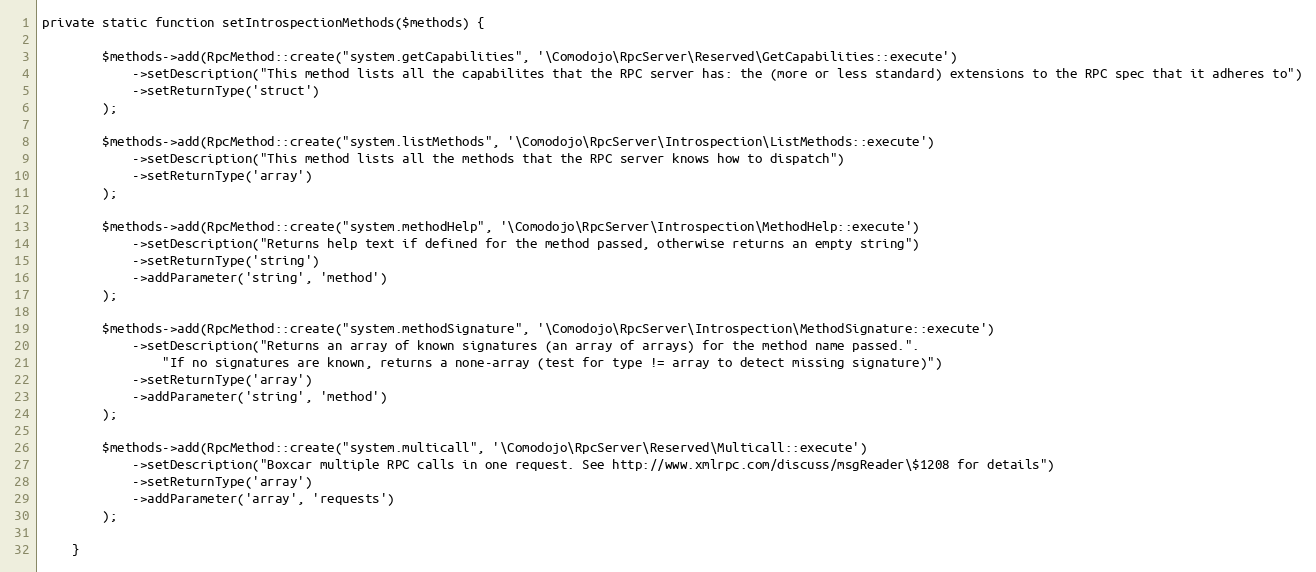
Language: PHP
private static function setIntrospectionMethods($methods) {

        $methods->add(RpcMethod::create("system.getCapabilities", '\Comodojo\RpcServer\Reserved\GetCapabilities::execute')
            ->setDescription("This method lists all the capabilites that the RPC server has: the (more or less standard) extensions to the RPC spec that it adheres to")
            ->setReturnType('struct')
        );

        $methods->add(RpcMethod::create("system.listMethods", '\Comodojo\RpcServer\Introspection\ListMethods::execute')
            ->setDescription("This method lists all the methods that the RPC server knows how to dispatch")
            ->setReturnType('array')
        );

        $methods->add(RpcMethod::create("system.methodHelp", '\Comodojo\RpcServer\Introspection\MethodHelp::execute')
            ->setDescription("Returns help text if defined for the method passed, otherwise returns an empty string")
            ->setReturnType('string')
            ->addParameter('string', 'method')
        );

        $methods->add(RpcMethod::create("system.methodSignature", '\Comodojo\RpcServer\Introspection\MethodSignature::execute')
            ->setDescription("Returns an array of known signatures (an array of arrays) for the method name passed.".
                "If no signatures are known, returns a none-array (test for type != array to detect missing signature)")
            ->setReturnType('array')
            ->addParameter('string', 'method')
        );

        $methods->add(RpcMethod::create("system.multicall", '\Comodojo\RpcServer\Reserved\Multicall::execute')
            ->setDescription("Boxcar multiple RPC calls in one request. See http://www.xmlrpc.com/discuss/msgReader\$1208 for details")
            ->setReturnType('array')
            ->addParameter('array', 'requests')
        );

    }